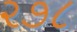
૨૭૮